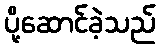
ပို့ဆောင်ခဲ့သည်